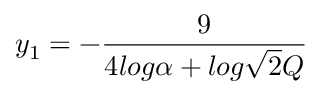
y _ { 1 } = - \frac { 9 } { 4 l o g \alpha + l o g \sqrt { 2 } Q }